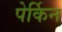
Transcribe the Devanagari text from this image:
पेर्किन